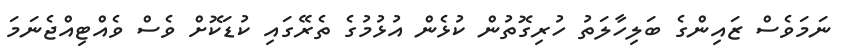
ނަމަވެސް ޒައިންގެ ބަލިހާލަތު ހުރިގޮތުން ކުޅެން އުޅުމުގެ ތެރޭގައި ކުޑަކޮށް ވެސް ވެއްޓިއްޖެނަމަ